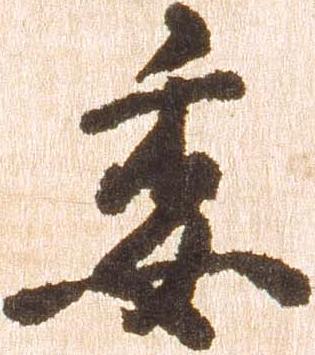
委